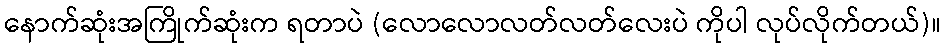
နောက်ဆုံးအကြိုက်ဆုံးက ရတာပဲ (လောလောလတ်လတ်လေးပဲ ကိုပါ လုပ်လိုက်တယ်)။